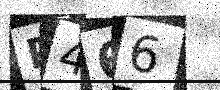
Text: P466